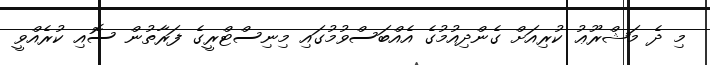
މި ދެ މަޝްރޫޢު ކުރިއަށް ގެންދިއުމުގެ އެއްބަސްވުމުގައި މިނިސްޓްރީގެ ފަރާތުން ސޮއި ކުރެއްވީ